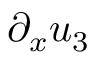
\partial _ { x } { u _ { 3 } }